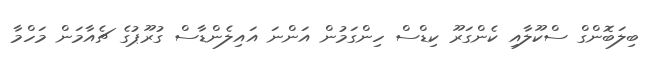
ބިލަބޮންގް ސްކޫލާއި ކެންގަރޫ ކިޑްސް ހިންގަމުން އަންނަ އައިލެންޑާސް ގުރޫޕުގެ ޗެއާމަން މަހްމާ